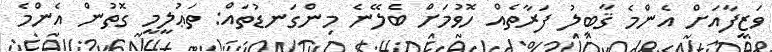
ވަޒީފާއަށް އެންމެ ޤާބިލު ފަރާތެއް ހޮވުމަށް ބެލޭނެ މިންގަނޑުތައް: ތަޢުލީމީ ގޮތުން އެންމެ